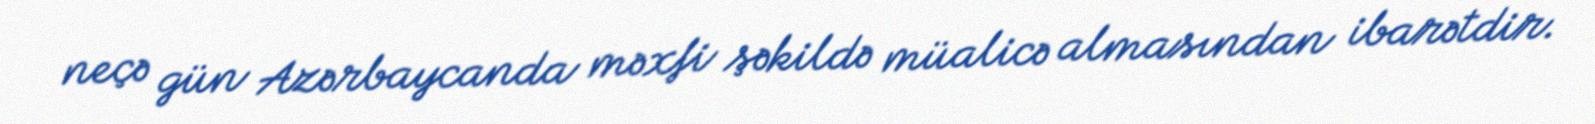
neçə gün Azərbaycanda məxfi şəkildə müalicə almasından ibarətdir.